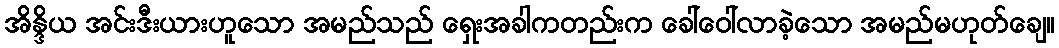
အိန္ဒိယ အင်းဒီးယားဟူသော အမည်သည် ရှေးအခါကတည်းက ခေါ်ဝေါ်လာခဲ့သော အမည်မဟုတ်ချေ။